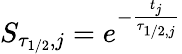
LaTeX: S_{\tau_{1/2},j}=e^{-\frac{t_{j}}{\tau_{1/2,j}}}